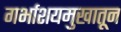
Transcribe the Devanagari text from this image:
गर्भाशयमुखातून